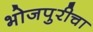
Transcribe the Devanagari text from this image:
भोजपुरीचा